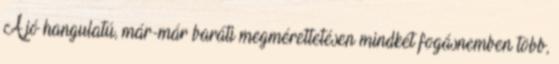
A jó hangulatú, már-már baráti megmérettetésen mindkét fogásnemben több,